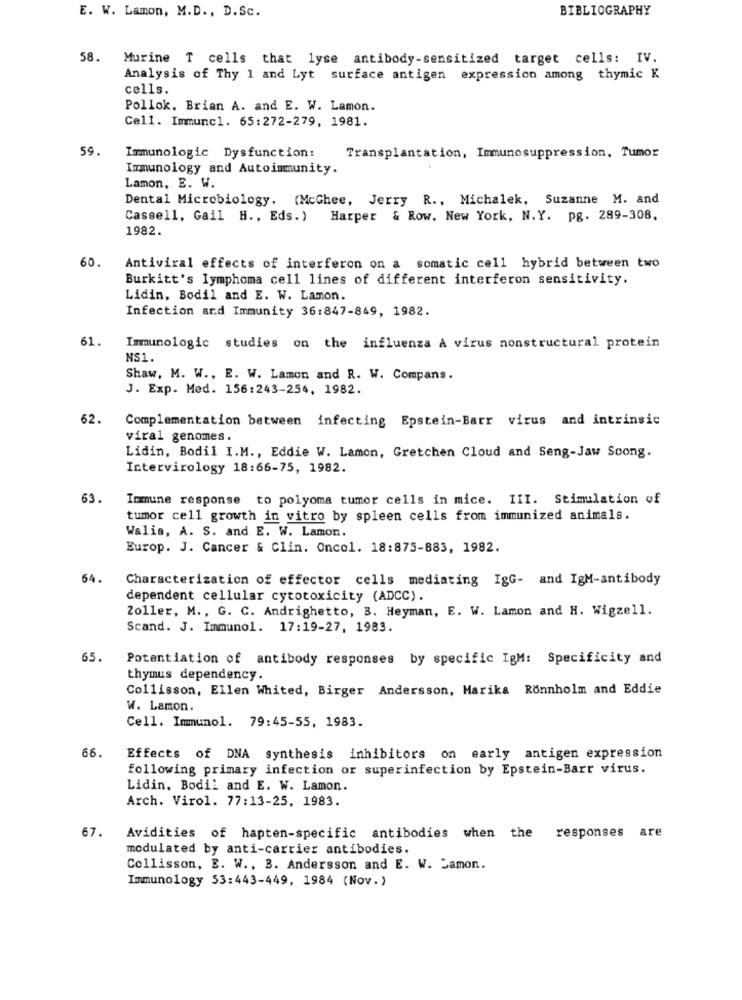
BIBLIOGRAPHY
E. W. Lamon, M.D ., D.Sc.
58. Murine T cells that lyse antibody-sensitized target cells: IV.
Analysis of Thy 1 and Lyt surface antigen expression among thymic K
cells.
Pollok. Brian A. and E. W. Lamon.
Cell. Immuncl. 65:272-279, 1981.
59.
Immunologic Dysfunction:
Transplantation, Immunosuppression, Tumor
Immunology and Autoimmunity.
Lamon, E. W.
Dental Microbiology. (McGhee, Jerry R ., Michalek, Suzanne M. and
Cassell, Gail H ., Eds.)
Harper & Row. New York, N.Y. pg. 289-308.
1982.
60.
Antiviral effects of interferon on a somatic cell hybrid between two
Burkitt's lymphoma cell lines of different interferon sensitivity.
Lidin, Bodil and E. W. Lamon.
Infection and Immunity 36:847-849, 1982.
61.
Immunologic studies on the influenza A virus nonstructural protein
NS1.
Shaw, M. W ., E. W. Lamon and R. W. Compans.
J. Exp. Med. 156:243-254, 1982.
62.
Complementation between infecting Epstein-Barr virus and intrinsic
viral genomes.
Lidin, Bodil I.M ., Eddie W. Lamon, Gretchen Cloud and Seng-Jaw Soong.
Intervirology 18:66-75, 1982.
63.
Immune response to polyoma tumor cells in mice. III. Stimulation of
tumor cell growth in vitro by spleen cells from immunized animals.
Walis, A. S. and E. W. Lamon.
Europ. J. Cancer & Clin. Oncol. 18:875-883, 1982.
64.
Characterization of effector cells mediating IgG- and IgM-antibody
dependent cellular cytotoxicity (ADCC).
Zoller, M ., G. C. Andrighetto, B. Heyman, E. W. Lamon and H. Wigzell.
Scand. J. Immunol. 17:19-27, 1983.
Potentiation of antibody responses by specific IgM: Specificity and
thymus dependency.
Collisson, Ellen Whited, Birger Andersson, Marika Rönnholm and Eddie
W. Lamon.
Cell. Immunol. 79:45-55, 1983.
66.
Effects of DNA synthesis inhibitors on early antigen expression
following primary infection or superinfection by Epstein-Barr virus.
Lidin, Bodil and E. W. Lamon.
Arch. Virol. 77:13-25, 1983.
67.
Avidities of hapten-specific antibodies when the responses are
modulated by anti-carrier antibodies.
Collisson, E. W ., B. Andersson and E. W. Jamon.
Immunology 53:443-449, 1984 (Nov.)